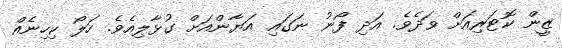
ޒީން ކޮޓަރިއަށް ވަދެވެ. އަދި ފޯނު ނަގައި އަޔާންއަށް ގުޅާލިއެވެ. ހަލޯ ކިހިނެއް